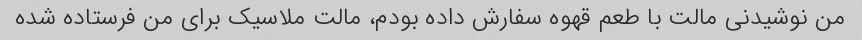
من نوشیدنی مالت با طعم قهوه سفارش داده بودم، مالت ملاسیک برای من فرستاده شده